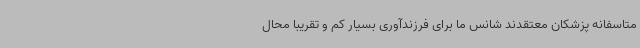
متاسفانه پزشکان معتقدند شانس ما برای فرزندآوری بسیار کم و تقریبا محال